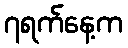
၇ရက်နေ့က